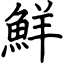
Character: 鮮